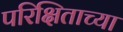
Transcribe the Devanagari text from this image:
परिक्षिताच्या